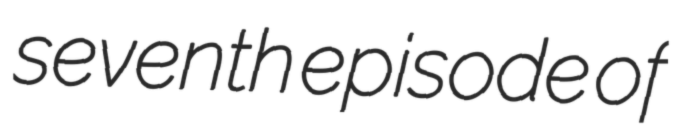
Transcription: seventh episode of